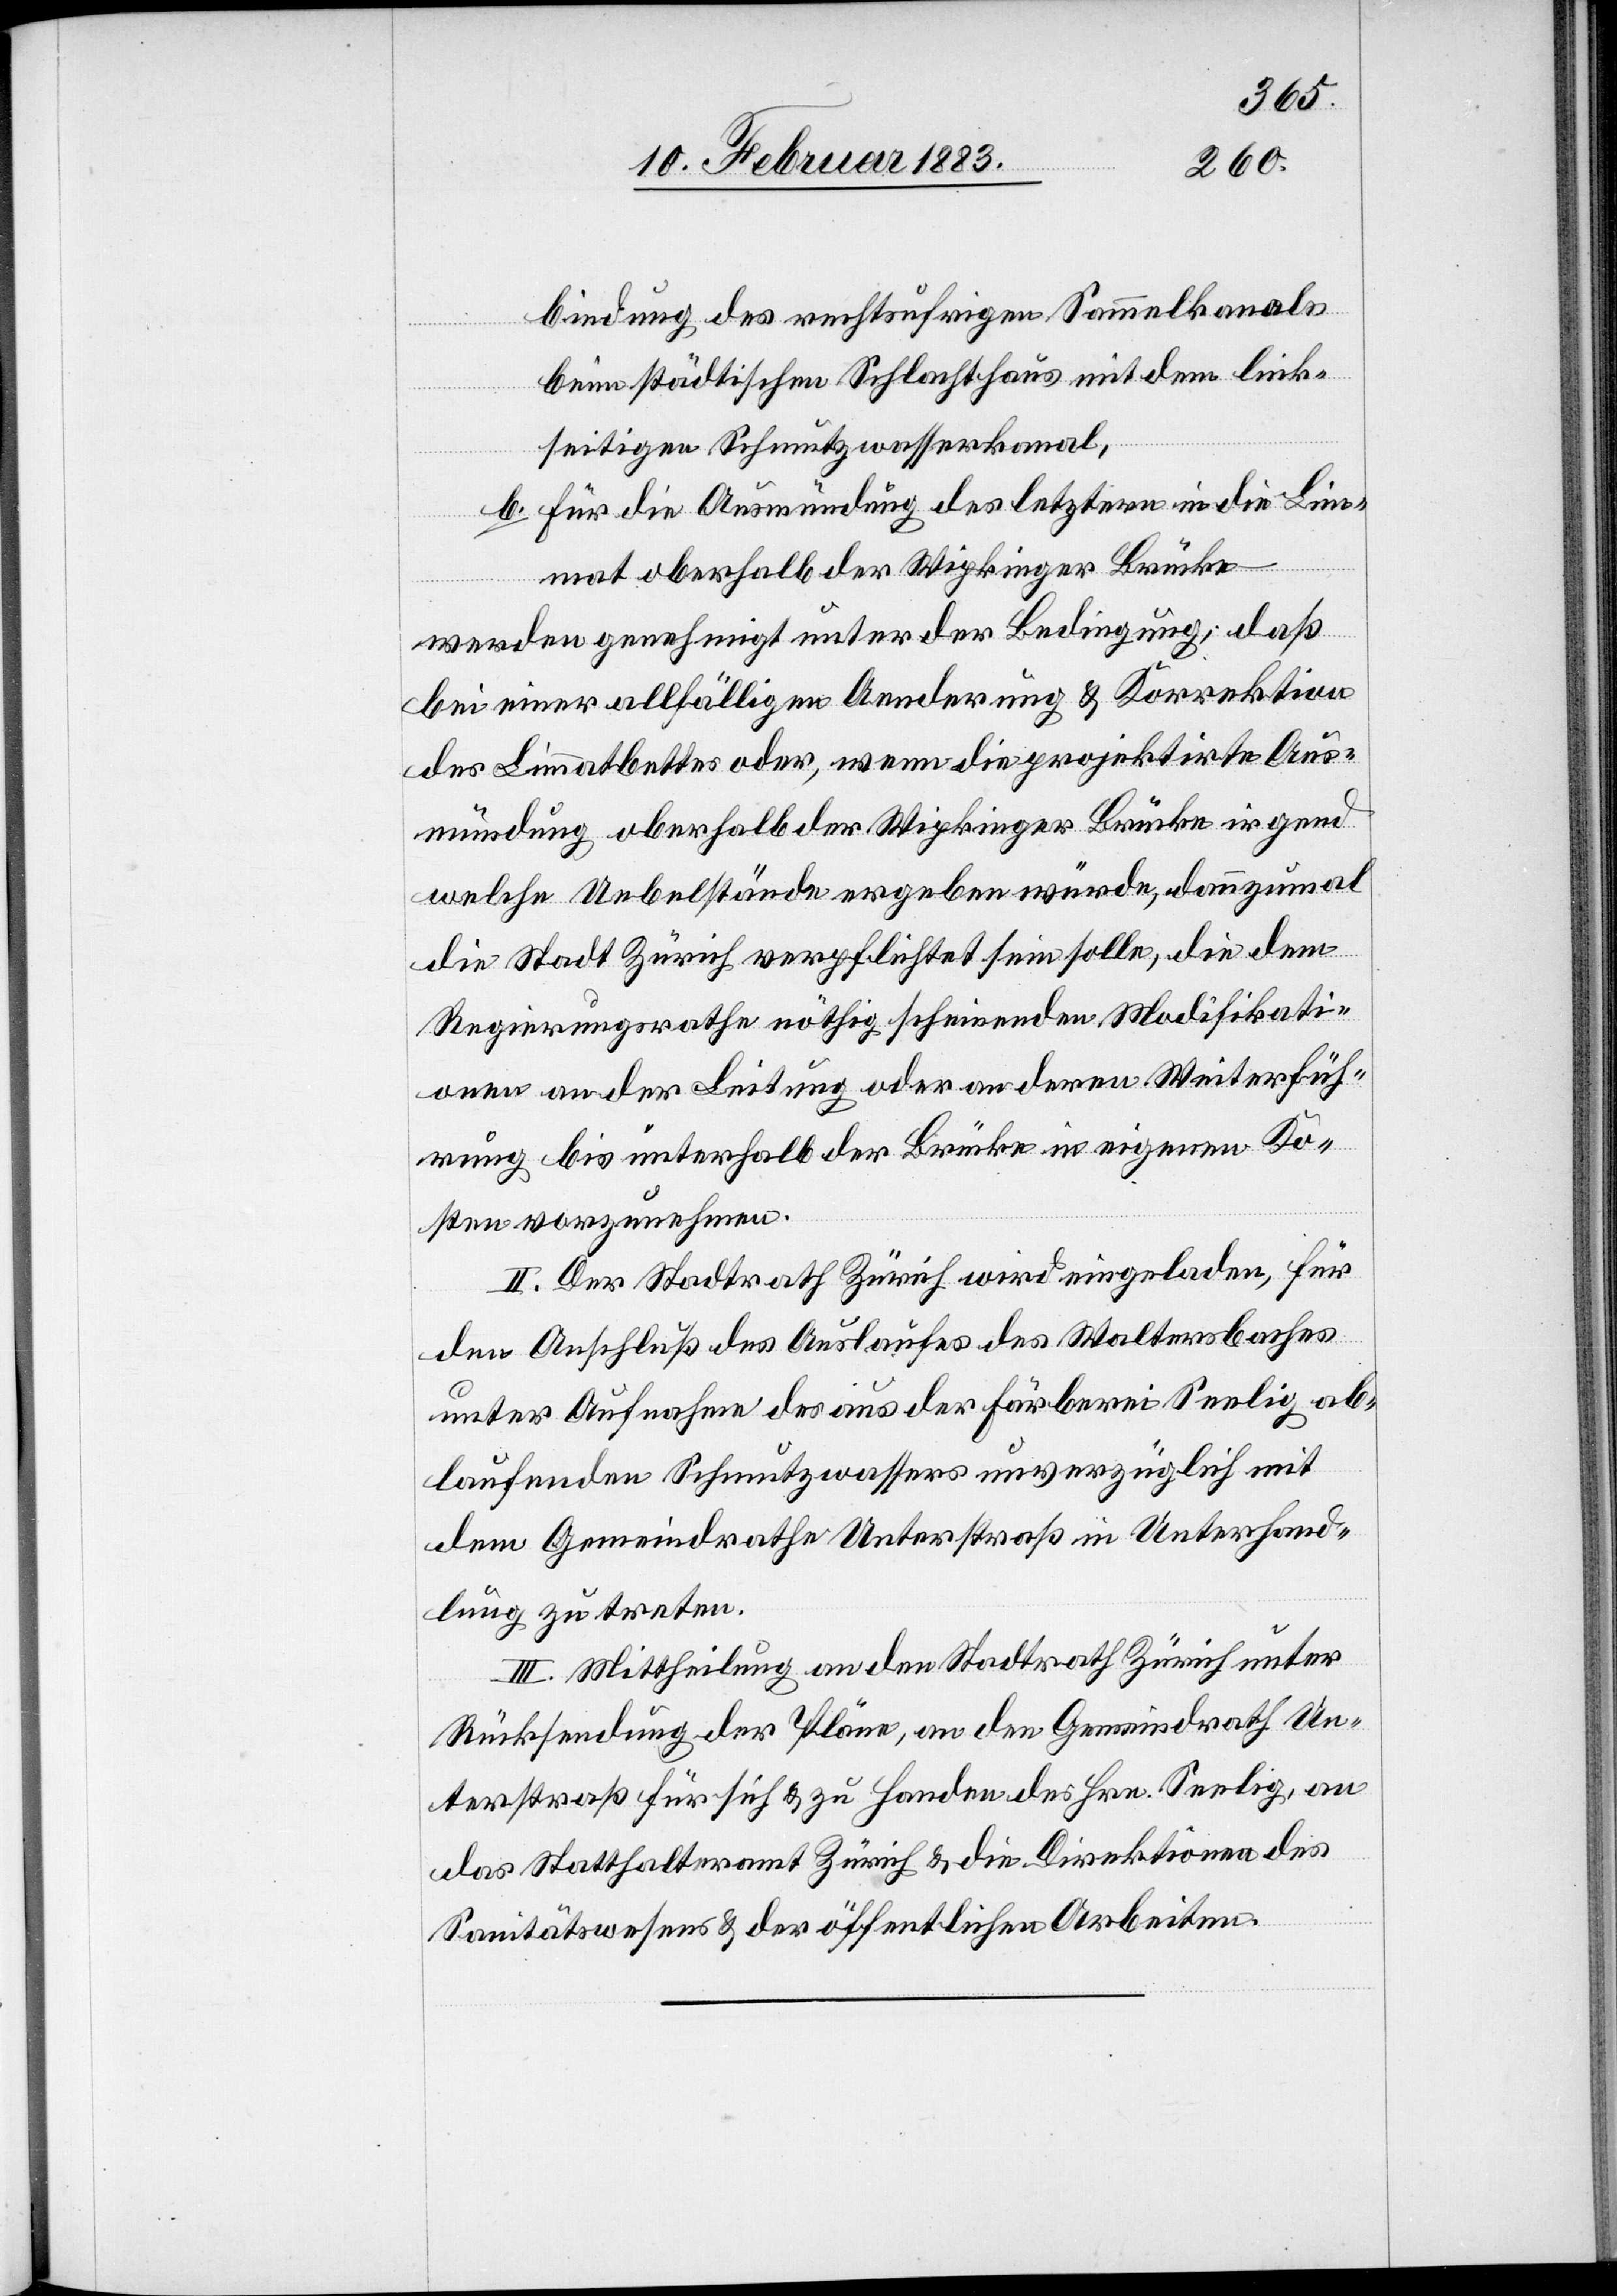
bindung des rechtsufrigen Sammelkanals
beim städtischen Schlachthaus mit dem link¬
seitigen Schmutzwasserkanal,
b. für die Ausmündung des letztern in die Lim¬
mat oberhalb der Wipkinger Brücke
werden genehmigt unter der Bedingung, daß
bei einer allfälligen Aenderung & Korrektion
des Limmatbettes oder, wenn die projektirte Aus¬
mündung oberhalb der Wipkinger Brücke irgend
welche Uebelstände ergeben würde, dannzumal
die Stadt Zürich verpflichtet sein solle, die dem
Regierungsrathe nöthig scheinenden Modifikati¬
onen an der Leitung oder an deren Weiterfüh¬
rung bis unterhalb der Brücke in eigenen Ko¬
sten vorzunehmen.
II. Der Stadtrath Zürich wird eingeladen, für
den Anschluß des Auslaufes des Waltersbaches
unter Aufnahme des aus der Färberei Seelig ab¬
laufenden Schmutzwassers unverzüglich mit
dem Gemeindrathe Unterstraß in Unterhand¬
lung zu treten.
III. Mittheilung an den Stadtrath Zürich unter
Rücksendung der Pläne, an den Gemeindrath Un¬
terstraß für sich & zu Handen des Hrn. Seelig, an
das Statthalteramt Zürich & die Direktionen des
Sanitätswesens & der öffentlichen Arbeiten.